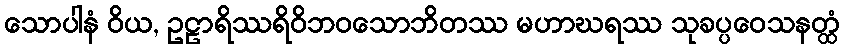
သောပါနံ ဝိယ, ဥဠာရိဿရိဝိဘဝသောဘိတဿ မဟာဃရဿ သုခပ္ပဝေသနတ္ထံ